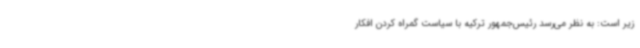
زیر است: به نظر می‌رسد رئیس‌جمهور ترکیه با سیاست گمراه کردن افکار